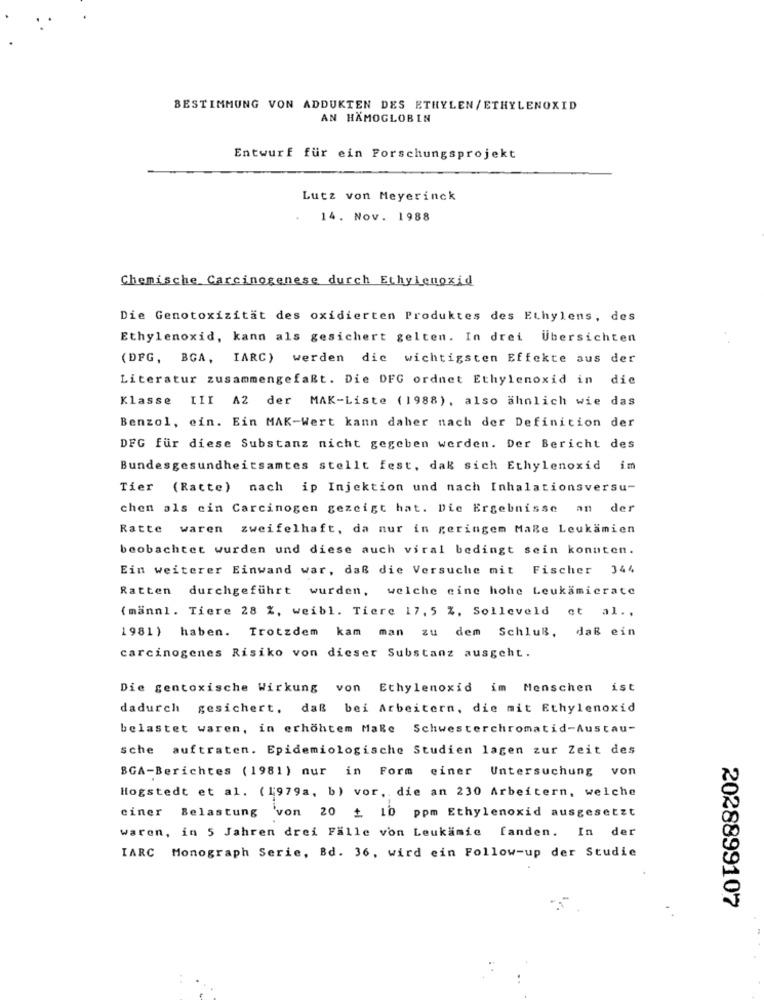
BESTIMMUNG VON ADDUKTEN DES ETHYLEN/ETHYLENOXID
AN HÄMOGLOBIN
Entwurf für ein Forschungsprojekt
Lutz von Meyerinck
14. Nov. 1988
Chemische Carcinogenese durch Ethylenoxid
Die Genotoxizität des oxidierten Produktes des Ethylens, des
Ethylenoxid, kann als gesichert gelten. In drei Übersichten
(DFG, BGA, IARC) werden die wichtigsten Effekte aus der
Literatur zusammengefaßt. Die DFG ordnet Ethylenoxid in die
Klasse III A2 der MAK-Liste (1988), also ähnlich wie das
Benzol, ein. Ein MAK-Wert kann daher nach der Definition der
DFG für diese Substanz nicht gegeben werden. Der Bericht des
Bundesgesundheitsamtes stellt fest, daß sich Ethylenoxid im
Tier (Ratte) nach ip Injektion und nach Inhalationsversu-
chen als ein Carcinogen gezeigt hat. Die Ergebnisse an der
Ratte waren zweifelhaft, da nur in geringem Make Leukamien
beobachtet wurden und diese auch viral bedingt sein konnten.
Ein weiterer Einwand war, daß die Versuche mit Fischer 344
Ratten durchgeführt wurden, welche eine hohe Leukamicrate
(mannl. Tiere 28 %, weibl. Tiere 17, 5 %, Solleveld et al .,
1981) haben. Trotzdem kam man zu dem SchluB, daß ein
carcinogenes Risiko von dieser Substanz ausgeht.
Die gentoxische Wirkung von Ethylenoxid im Menschen ist
dadurch gesichert, daß bei Arbeitern, die mit Ethylenoxid
belastet waren, in erhöhtem Make Schwesterchromatid-Austau-
sche auftraten. Epidemiologische Studien lagen zur Zeit des
BGA-Berichtes (1981) nur in Form einer Untersuchung von
Hogstedt et al. (1979a, b) vor, die an 230 Arbeitern, welche
ciner Belastung 'von 20 + 10 ppm Ethylenoxid ausgesetzt
waren, in 5 Jahren drei Falle von Leukämie fanden. In der
IARC Monograph Serie, Bd. 36, wird ein Follow-up der Studie
2028899107